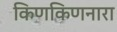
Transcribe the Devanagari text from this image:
किणकिणनारा